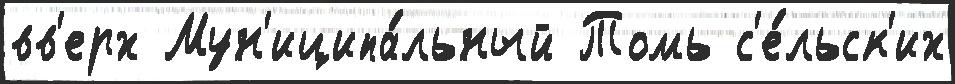
вв'ерх Мун'иципа́льный Томь с'е́льск'их